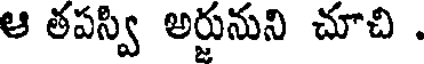
ఆ తపస్వి అర్జునుని చూచి .